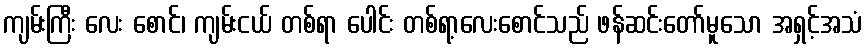
ကျမ်းကြီး လေး စောင်၊ ကျမ်းငယ် တစ်ရာ ပေါင်း တစ်ရာ့လေးစောင်သည် ဖန်ဆင်းတော်မူသော အရှင့်အသံ